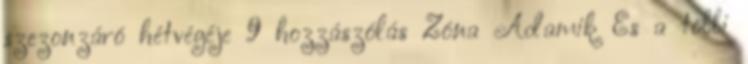
szezonzáró hétvégéje 9 hozzászólás Zóna Adamik És a többi